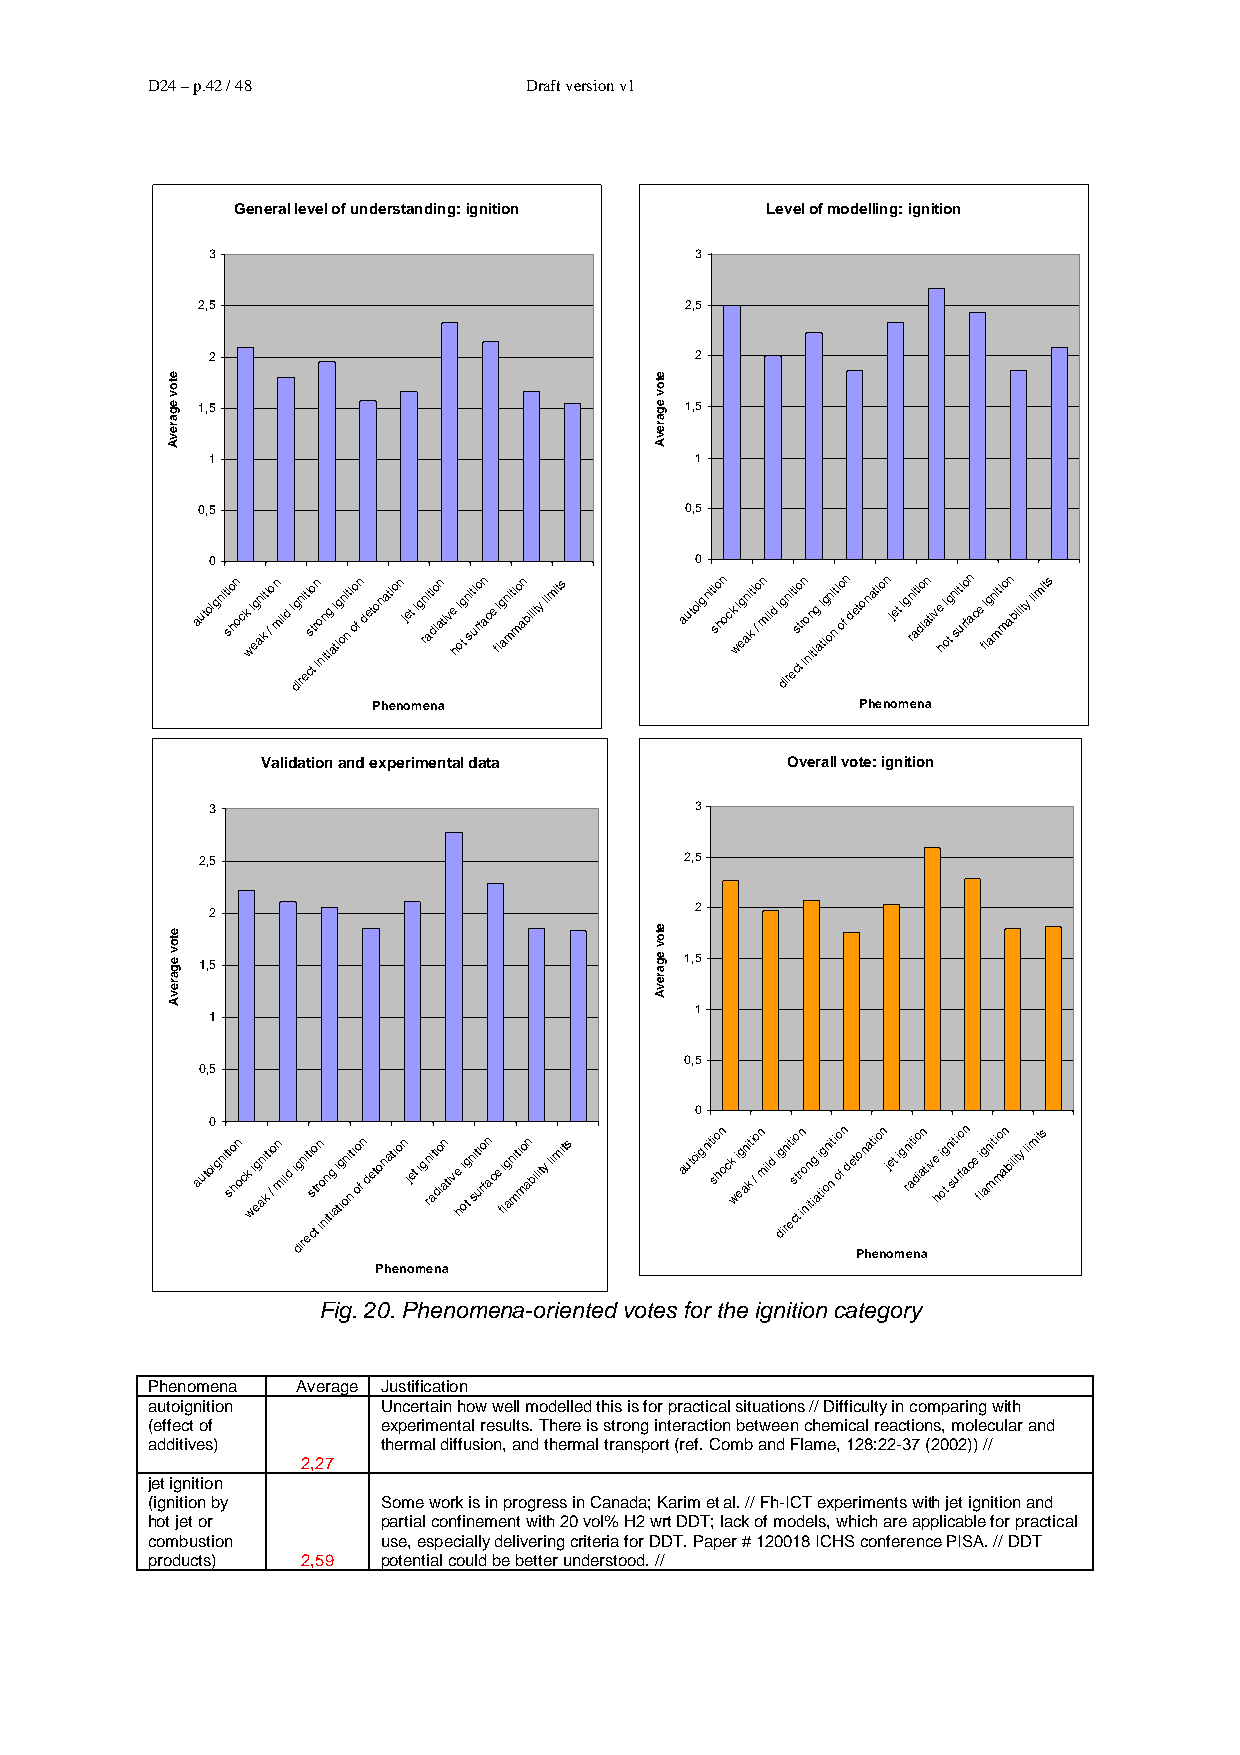
D24 – p.42 / 48          Draft version v1
 General level of understanding: ignition Level of modelling: ignition
 3                               3
 2,5                             2,5
 2                               2
 1,5                             1,5
 1                               1
 0,5                             0,5
 0                               0
 autoigniti so hn o ck wi eg ani kt i / on mild i dg irni eti s co ttr in o
 n
 in tig ai tig oni nt i oo f n detonation jet ig rni ati dio an tive
 h
 i otg n sit ui ro fan ce fi lg ani mti mo an bility limits autoigniti so hn o ck wi eg ani kt i /o n mild i dg irni eti s co ttr in o
 n
 in tig ai tig oni nt i oo f n detonation jet ig rni ati dio an tive
 h
 i otg n sit ui ro fan ce fi lg ani mti mo an bility limits
 Phenomena                       Phenomena
 Validation and experimental data   Overall vote: ignition
 3                               3
 2,5                             2,5
 2                               2
 1,5 1,5
 1
 1
 0,5
 0,5
 0
 autoi0
 gniti so hn o ck wi eg ani kt i /o n mild i dg irni eti s co ttr in o
 n
 in tig ai tig oni nt i oo f n detonation jet ig rni ati dio an tive
 h
 i otg n sit ui ro fan ce fi lg ani mti mo an bility limits autoigniti so hn o ck wi eg ani kt i / on mild i dg irni eti s cto tr in o
 n
 in tig ai tig oni nt i oo f n det Pon hati eo nn j oet mig r eni ati ndio a an tive h i otg n sit ui ro fan ce fi lg ani mti mo an bility limits
 Phenomena
 Fig. 20. Phenomena-oriented votes for the ignition category
 Phenomena Average Justification
 autoignition   Uncertain how well modelled this is for practical situations // Difficulty in comparing with
 (effect of     experimental results. There is strong interaction between chemical reactions, molecular and
 additives)     thermal diffusion, and thermal transport (ref. Comb and Flame, 128:22-37 (2002)) //
 2,27
 jet ignition
 (ignition by   Some work is in progress in Canada; Karim et al. // Fh-ICT experiments with jet ignition and
 hot jet or     partial confinement with 20 vol% H2 wrt DDT; lack of models, which are applicable for practical
 combustion     use, especially delivering criteria for DDT. Paper # 120018 ICHS conference PISA. // DDT
 products) 2,59 potential could be better understood. //
 etov
 egarevA
 etov
 egarevA
 etov
 egarevA
 etov
 egarevA